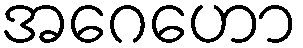
အဂေဟော